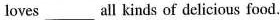
loves ___ all kinds of delicious food.